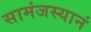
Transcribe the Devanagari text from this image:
सामंजस्यानं